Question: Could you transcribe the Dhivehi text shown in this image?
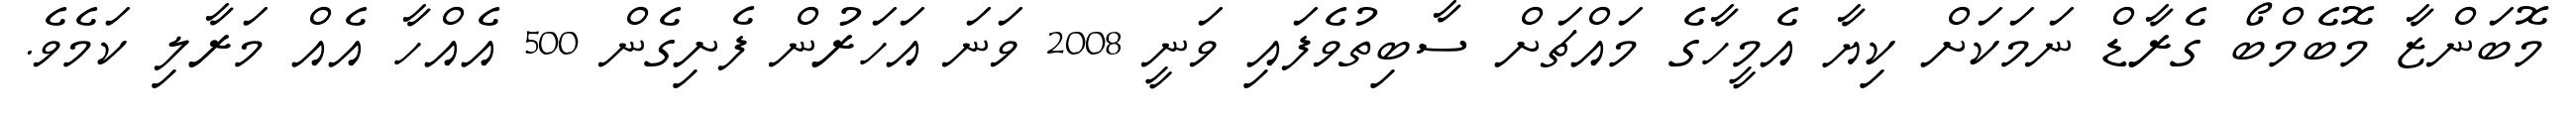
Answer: މޮބަންޒާ މޮބެމްބޯ ގެރާޑް ނަމަކަށް ކިޔާ އެމީހާގެ މައްޗަށް ސާބިތުވެފައި ވަނީ 2008 ވަނަ އަހަރުން ފެށިގެން 500 އެއްހާ އެއް މަރާލި ކަމެވެ.